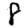
Digit: 8